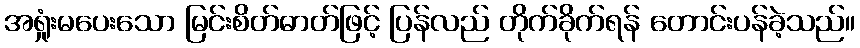
အရှုံးမပေးသော မြင်းစိတ်ဓာတ်ဖြင့် ပြန်လည် တိုက်ခိုက်ရန် တောင်းပန်ခဲ့သည်။